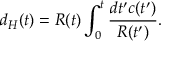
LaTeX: d _ { H } ( t ) = R ( t ) \int _ { 0 } ^ { t } \frac { d t ^ { \prime } c ( t ^ { \prime } ) } { R ( t ^ { \prime } ) } .